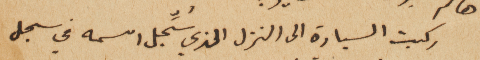
ركبت السيارة الى النزل الذي سُجِّل اسمه في سجل